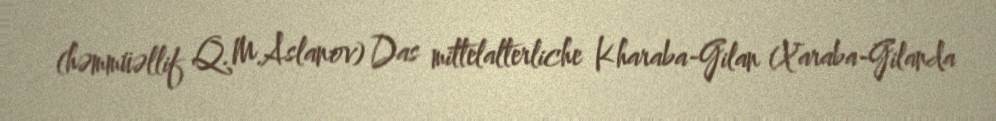
(həmmüəllif Q.M.Aslanov) Das mittelalterliche Kharaba-Gilan (Xaraba-Gilanda